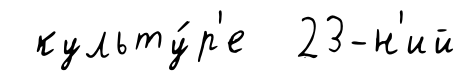
культу́р'е 23-н'ий